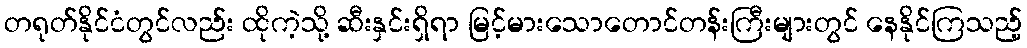
တရုတ်နိုင်ငံတွင်လည်း ထိုကဲ့သို့ ဆီးနှင်းရှိရာ မြင့်မားသောတောင်တန်းကြီးများတွင် နေနိုင်ကြသည့်